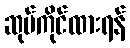
ဆုပ်ကိုင်ထားရန်